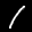
Label: 1